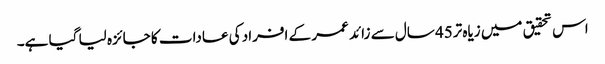
اس تحقیق میں زیاہ تر45 سال سے زائد عمر کے افراد کی عادات کا جائزہ لیا گیا ہے۔